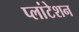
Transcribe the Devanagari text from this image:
प्लांटेशन